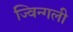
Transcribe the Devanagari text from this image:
ज्विन्गली